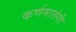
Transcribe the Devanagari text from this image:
कर्णमातंगी